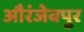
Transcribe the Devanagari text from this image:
औरंजेबपुर